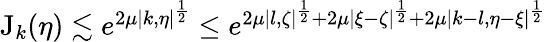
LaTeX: \begin{array}{r}{\mathrm{J}_{k}(\eta)\lesssim e^{2\mu|k,\eta|^{\frac 12}}\leq e^{2\mu|l,\zeta|^{\frac 12}+2\mu|\xi-\zeta|^{\frac 12}+2\mu|k-l,\eta-\xi|^{\frac 12}}}\end{array}